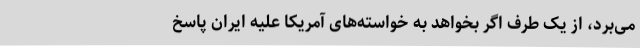
می‌برد، از یک طرف اگر بخواهد به خواسته‌های آمریکا علیه ایران پاسخ